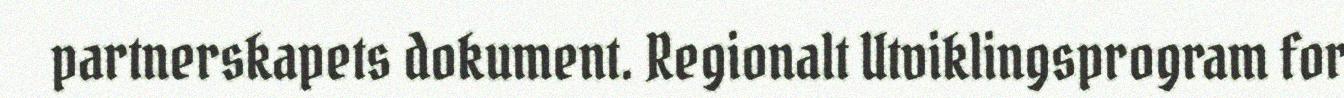
partnerskapets dokument. Regionalt Utviklingsprogram for